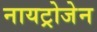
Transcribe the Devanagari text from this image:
नायट्रोजेन